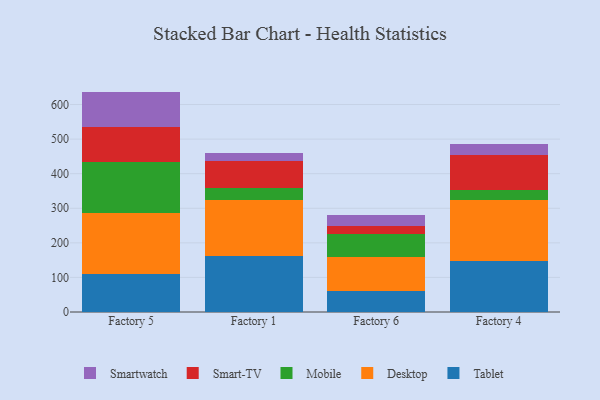
{"axis": {"x": "Factory", "y": "Revenue (USD Million)"}, "legend": ["Desktop", "Mobile", "Smart-TV", "Smartwatch", "Tablet"], "data": [{"x": "Factory 5", "y": 111.3, "type": "Tablet"}, {"x": "Factory 5", "y": 174.5, "type": "Desktop"}, {"x": "Factory 5", "y": 148.3, "type": "Mobile"}, {"x": "Factory 5", "y": 101.6, "type": "Smart-TV"}, {"x": "Factory 5", "y": 101.7, "type": "Smartwatch"}, {"x": "Factory 1", "y": 162.3, "type": "Tablet"}, {"x": "Factory 1", "y": 161.5, "type": "Desktop"}, {"x": "Factory 1", "y": 34.3, "type": "Mobile"}, {"x": "Factory 1", "y": 79.7, "type": "Smart-TV"}, {"x": "Factory 1", "y": 23.4, "type": "Smartwatch"}, {"x": "Factory 6", "y": 60.0, "type": "Tablet"}, {"x": "Factory 6", "y": 98.4, "type": "Desktop"}, {"x": "Factory 6", "y": 67.6, "type": "Mobile"}, {"x": "Factory 6", "y": 23.2, "type": "Smart-TV"}, {"x": "Factory 6", "y": 31.1, "type": "Smartwatch"}, {"x": "Factory 4", "y": 146.8, "type": "Tablet"}, {"x": "Factory 4", "y": 178.2, "type": "Desktop"}, {"x": "Factory 4", "y": 28.0, "type": "Mobile"}, {"x": "Factory 4", "y": 101.6, "type": "Smart-TV"}, {"x": "Factory 4", "y": 30.1, "type": "Smartwatch"}]}